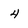
Character: 4